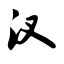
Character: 汊